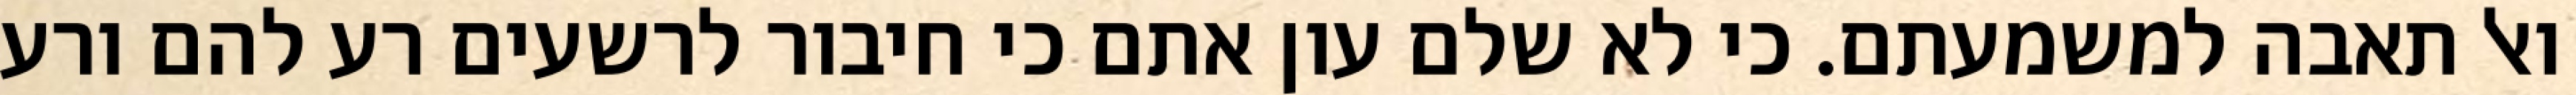
ואל תאבה למשמעתם. כי לא שלם עון אתם כי חיבור לרשעים רע להם ורע